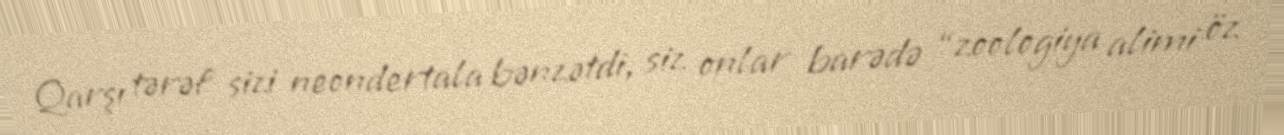
Qarşı tərəf sizi neondertala bənzətdi, siz onlar barədə “zoologiya alimi öz